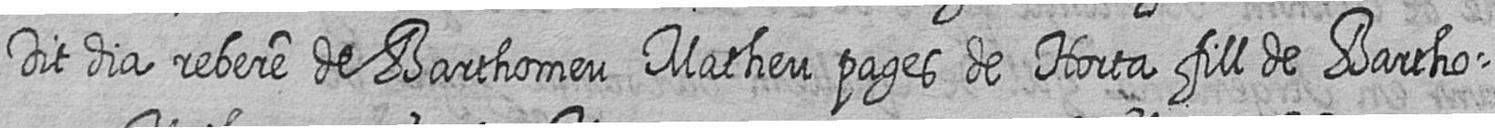
Dit dia rebere de Barthomeu Matheu pages de Horta fill de Bartho=